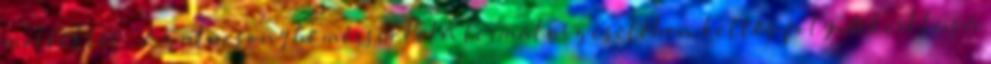
melléklet . Az alacsony hőmérsékletű termálvíz esetében kettős folyadékciklusú